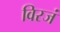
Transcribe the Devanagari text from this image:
विरजं